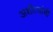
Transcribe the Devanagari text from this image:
अशीत्यांची